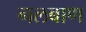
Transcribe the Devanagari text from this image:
नलबाण